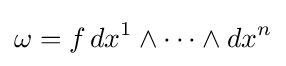
\omega =f\,dx^{1}\wedge \cdots \wedge dx^{n}